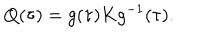
Q ( \tau ) = g ( \tau ) K g ^ { - 1 } ( \tau ) .